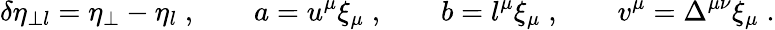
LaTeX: \delta\eta_{\perp l}=\eta_{\perp}-\eta_{l}\; ,\qquad a=u^{\mu}\xi_{\mu}\; ,\qquad b=l^{\mu}\xi_{\mu}\; ,\qquad v^{\mu}=\Delta^{\mu\nu}\xi_{\mu}\; .